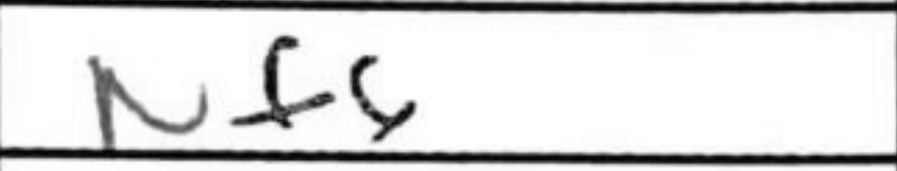
Transcription: Nf6